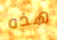
هذه